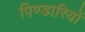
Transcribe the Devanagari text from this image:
पिण्डारियों